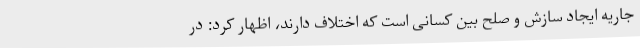
جاریه ایجاد سازش و صلح بین کسانی است که اختلاف دارند، اظهار کرد: در